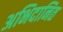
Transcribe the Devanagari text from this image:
अभिदानित